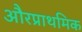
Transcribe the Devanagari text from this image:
औरप्राथमिक